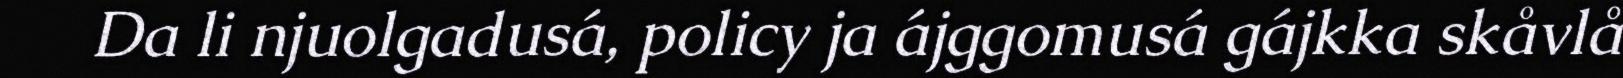
Da li njuolgadusá, policy ja ájggomusá gájkka skåvlå